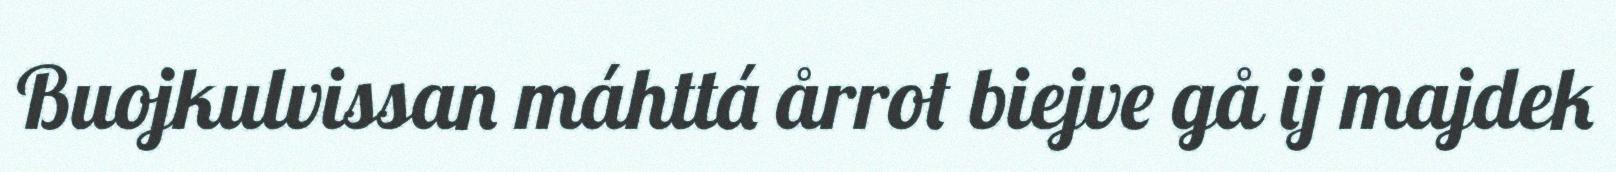
Buojkulvissan máhttá årrot biejve gå ij majdek